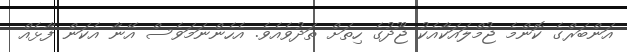
އަންބަރްގެ ކޮންމެ ޖުމްލައަކާއެކު ޖޫދުގެ ހިތަށް ތަދުވެއެވެ. އެހެންނަމަވެސް އޭނާ އެކަން ފާޅެއް